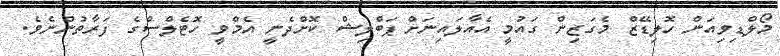
މޯލްޑިވިއަން ހޮލިޑޭޒް މެގަޒިން ގައުމީ އެއާލައިނަށް ޕަބްލިޝް ކޮށްދެނީ އެމްވީ ހޮޓެލްސްގެ ފަރާތުންނެވެ.